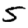
Digit: 5